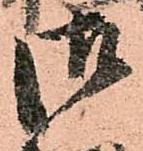
御